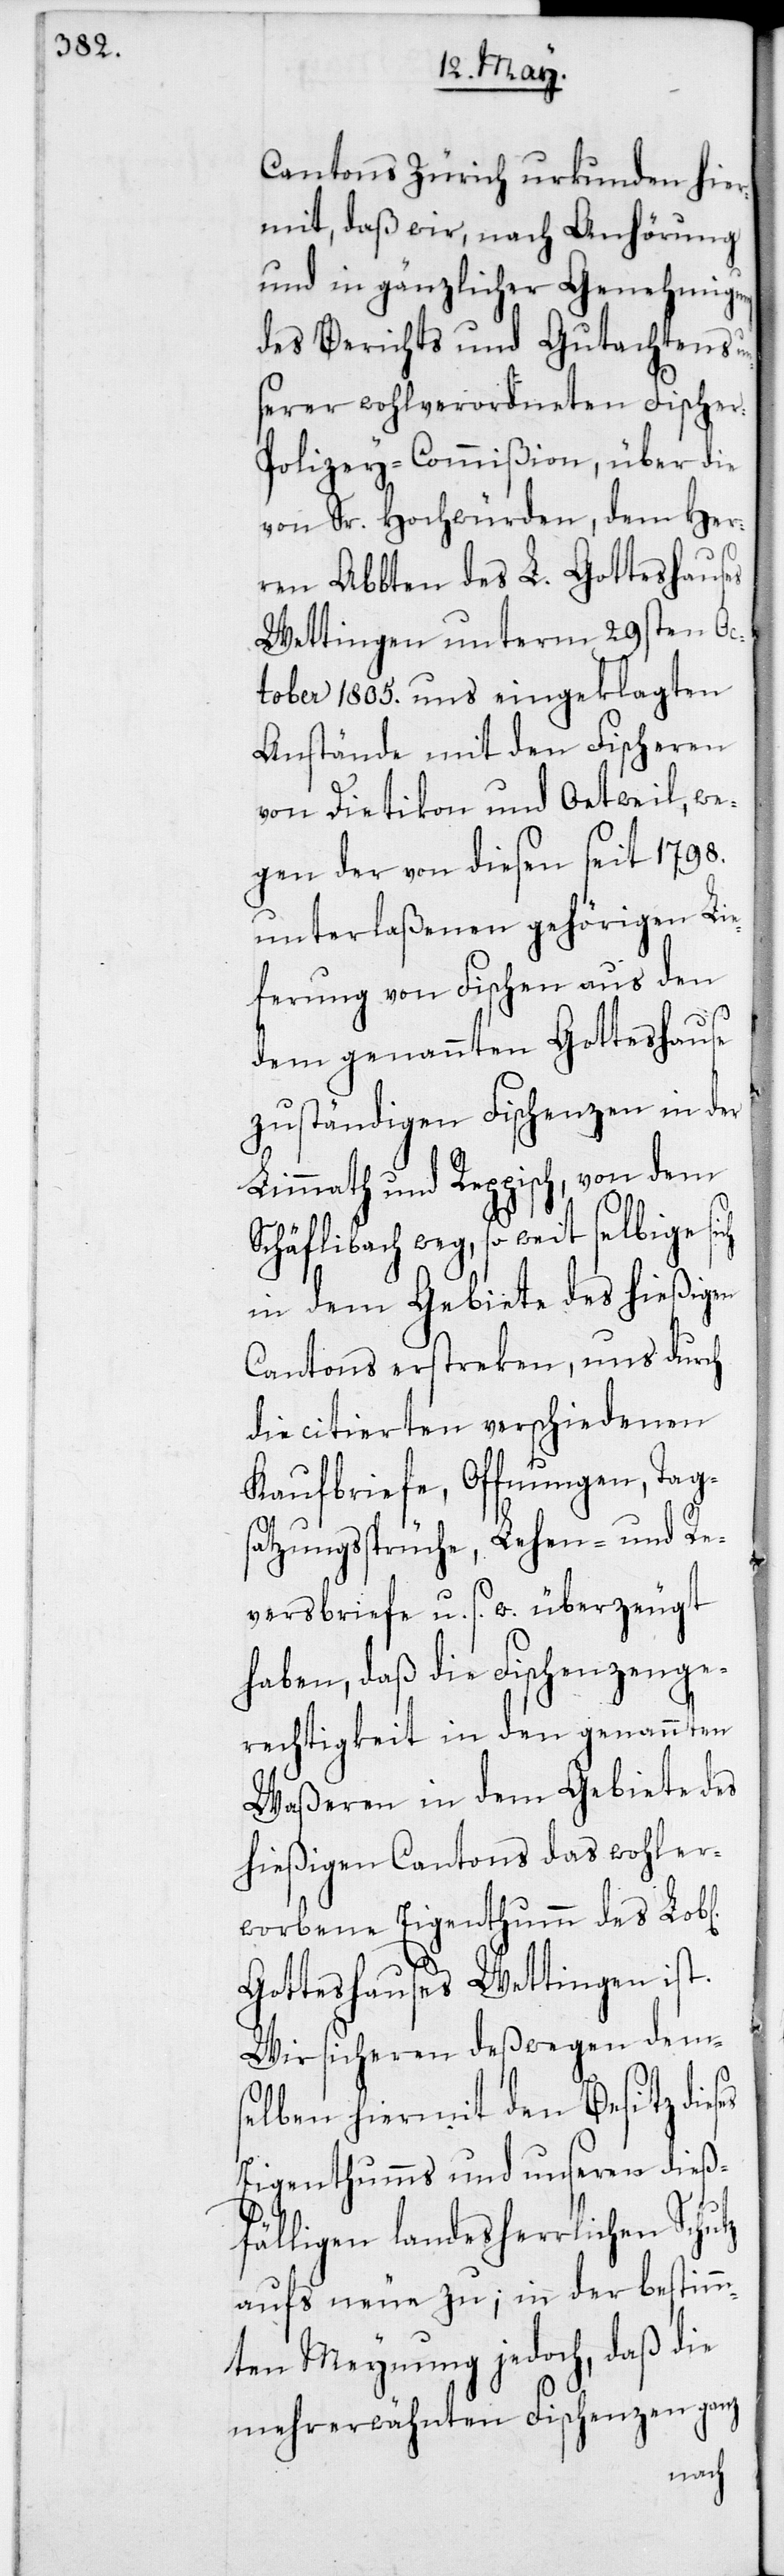
Cantons Zürich urkunden hier¬
mit, daß wir, nach Anhörung
und in gänzlicher Genehmig¬
des Berichts und Gutachtens un¬
serer wohlverordneten Fischer-P¬
olizey-Commißion, über die
von Sr. Hochwürden, dem Her¬
ren Abbten des L. Gotteshauses
Wettingen unterm 29sten Oc¬
tober 1805. uns eingeklagten
Anstände mit den Fischeren
von Dietikon und Oetweil, we¬
gen der von diesen seit 1798.
unterlaßenen gehörigen Lie¬
ferung von Fischen aus den
dem genannten Gotteshause
zuständigen Fischenzen in der
Limmath und Reppisch, von dem
Schäflibach weg, so weit selbige
in dem Gebiete des hießigen
Cantons erstreken, uns durch
die citierten verschiedenen
Kaufbriefe, Offnungen, Tag¬
satzungssprüche, Lehen- und Re¬
versbriefe u. s. w. überzeugt
haben, daß die Fischenzenge¬
rechtigkeit in den genannten
Waßeren in dem Gebiete des
hießigen Cantons das wohler¬
worbene Eigenthumm des
Gotteshauses Wettingen ist.
Wir sicheren deßwegen dem¬
selben hiermit den Besitz dieses
Eigenthumms und unseren dieß¬
fälligen landesherrlichen Schutz
aufs neue zu; in der bestimm¬
ten Meynung jedoch, daß die
mehrerwähnten Fischenzen ganz
ung